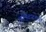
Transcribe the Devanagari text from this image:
अभिवादनाची